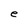
Character: e